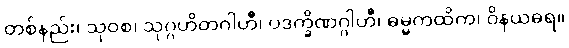
တစ်နည်း၊ သုဝစ၊ သုဂ္ဂဟိတဂါဟီ၊ ပဒက္ခိဏဂ္ဂါဟီ၊ ဓမ္မကထိက၊ ဝိနယဓရ။